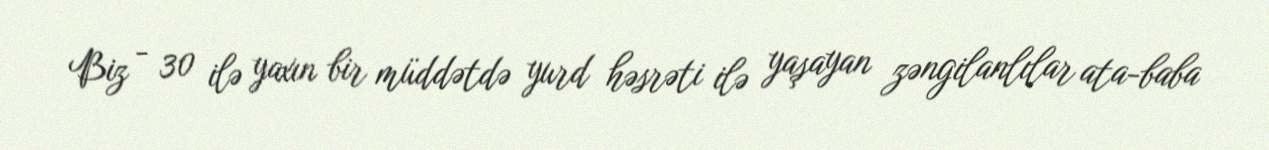
Biz - 30 ilə yaxın bir müddətdə yurd həsrəti ilə yaşayan zəngilanlılar ata-baba